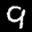
Label: 9